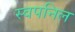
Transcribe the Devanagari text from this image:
स्वपनिल